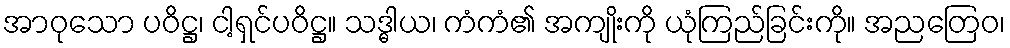
အာဝုသော ပဝိဋ္ဌ၊ ငါ့ရှင်ပဝိဋ္ဌ။ သဒ္ဓါယ၊ ကံကံ၏ အကျိုးကို ယုံကြည်ခြင်းကို။ အညတြေဝ၊